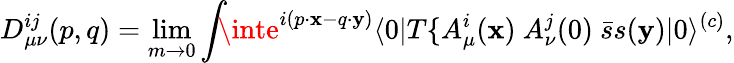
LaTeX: D_{\mu\nu}^{ij}(p,q)=\operatorname*{lim}_{m\to0}\int\! \! \! \inte^{i(p\cdot\mathbf{x}-q\cdot\mathbf{y})}\langle0|T\{ A_{\mu}^{i}(\mathbf{x})\ A_{\nu}^{j}(0)\ \bar{{s}}s(\mathbf{y})|0\rangle^{(c)},